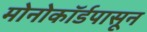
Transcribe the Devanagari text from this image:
मोनोकॉर्डपासून